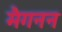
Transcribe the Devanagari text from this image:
मैगनन